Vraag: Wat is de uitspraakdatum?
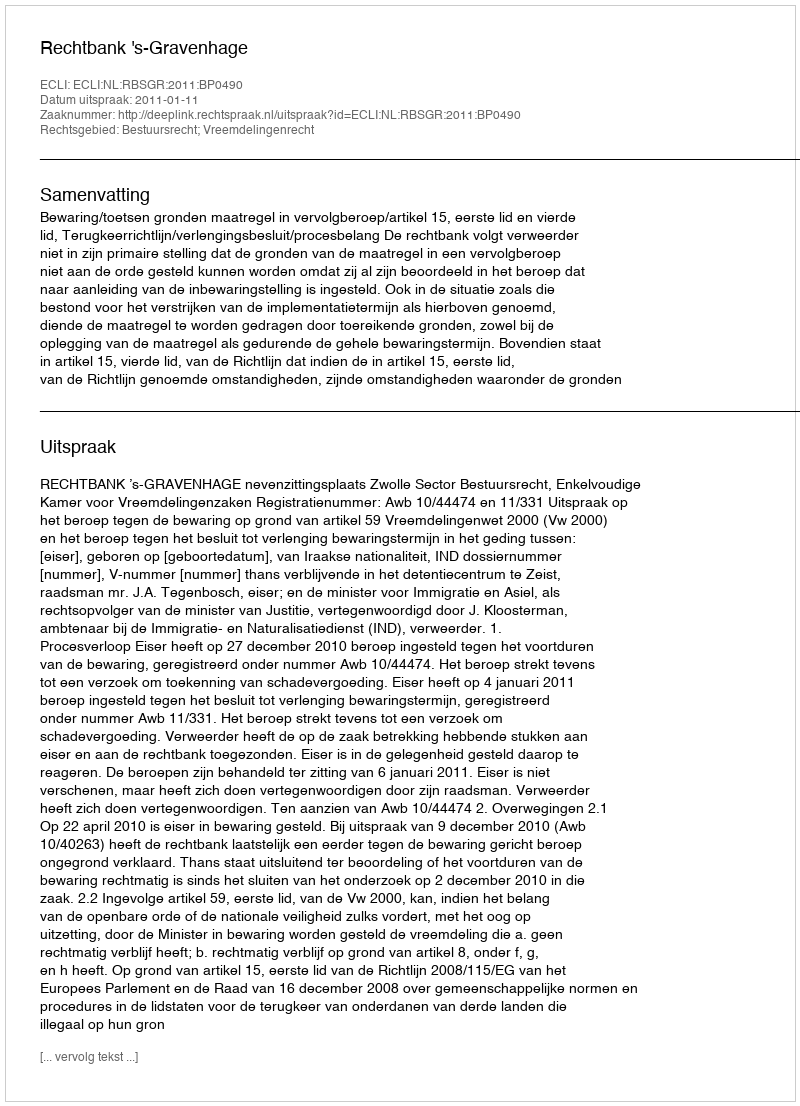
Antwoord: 2011-01-11